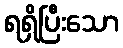
ရရှိပြီးသော